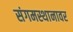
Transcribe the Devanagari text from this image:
संगमस्थानावर